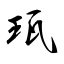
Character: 珁